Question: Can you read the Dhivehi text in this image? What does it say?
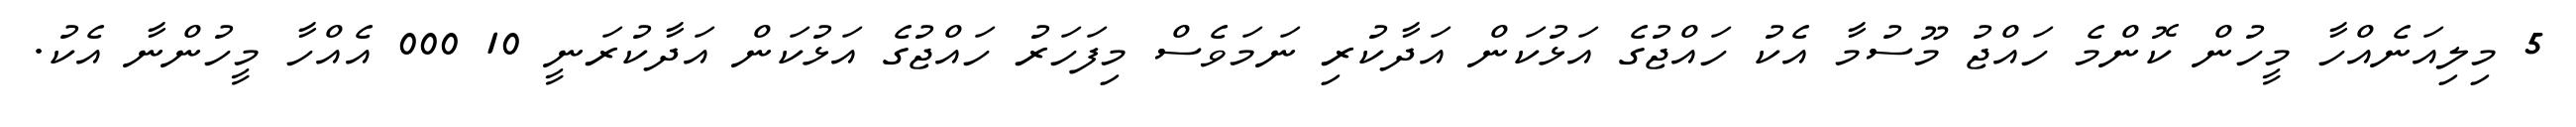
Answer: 5 މިލިއަނެއްހާ މީހުން ކޮންމެ ހައްޖު މޫސުމާ އެކު ހައްޖުގެ އަޅުކަން އަދާކުރި ނަމަވެސް މިފަހަރު ހައްޖުގެ އަޅުކަން އަދާކުރަނީ 10 000 އެއްހާ މީހުންނާ އެކު.